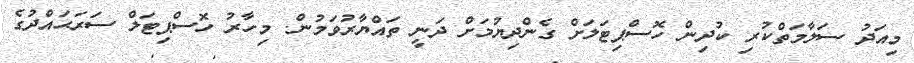
މިއަދު ސަލާމަތްކުރި ކުދިން ހޮސްޕިޓަލަށް ގެންދިޔުމަށް ދަނީ ތައްޔާރުވަމުން. މިހާރު ހޮސްޕިޓަލް ސަރަޙައްދުގެ